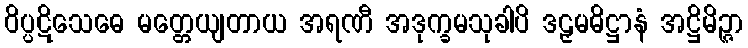
ဝိပ္ပဋိသေဓေ မတ္တေယျတာယ အရဏီ အဒုက္ခမသုခါပိ ဒဠှမဓိဋ္ဌာနံ အဋ္ဌိမိဉ္ဇာ